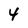
Character: 4